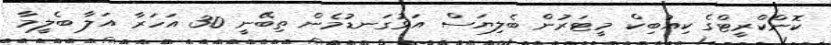
ކޮންކްރީޓްގެ ކިއުބިކް މީޓަރުން ބެލިޔަސް އަޅުގަނޑުމެން ތިބޭނީ 30 އަހަރާ އަލާ ބެލީމާ